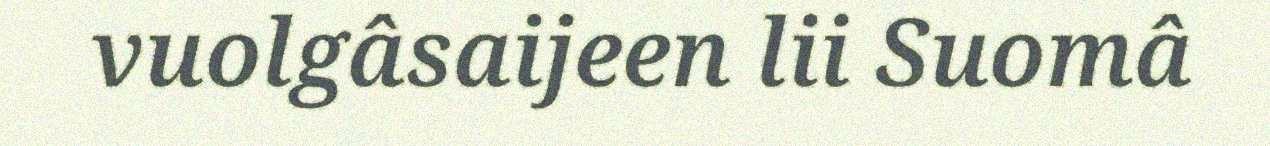
vuolgâsaijeen lii Suomâ